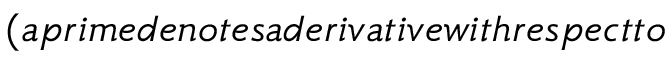
( a p r i m e d e n o t e s a d e r i v a t i v e w i t h r e s p e c t t o